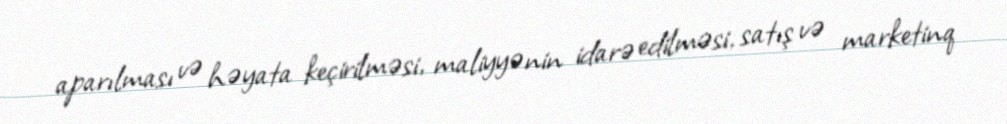
aparılması və həyata keçirilməsi, maliyyənin idarə edilməsi, satış və marketinq